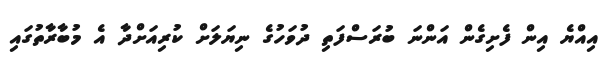
އިއްޔެ އިން ފެށިގެން އަންނަ ބުރަސްފަތި ދުވަހުގެ ނިޔަލަށް ކުރިއަށްދާ އެ މުބާރާތުގައި